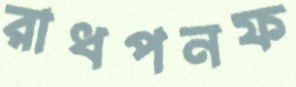
রাধপনফ